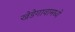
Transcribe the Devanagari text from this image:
खेडेगावामध्ये